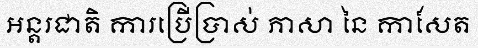
អន្តរជាតិ ការប្រើប្រាស់ ភាសា នៃ កាសែត